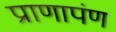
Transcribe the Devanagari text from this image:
प्राणापंण